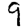
Digit: 9